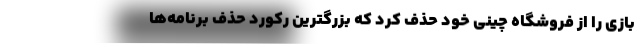
بازی را از فروشگاه چینی خود حذف کرد که بزرگترین رکورد حذف برنامه‌ها